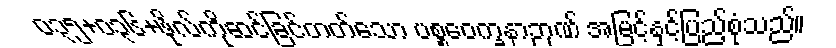
ဝ၃၅+၀၃၆+ဖိုလ်ကိုဆင်ခြင်တတ်သော ပစ္စဝေက္ခနာဉာဏ် အမြင့်နှင့်ပြည့်စုံသည်။